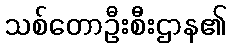
သစ်တောဦးစီးဌာန၏